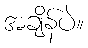
အချိန်ပဲ။